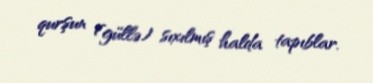
qurşun (güllə) sıxılmış halda tapıblar.